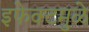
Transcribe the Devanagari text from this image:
इफेक्टमुळे